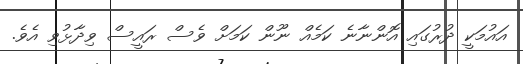
އައުމަކީ ދުރުގައި އޮންނާނެ ކަމެއް ނޫން ކަމަށް ވެސް ރައީސް ވިދާޅުވި އެވެ.